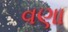
વણા